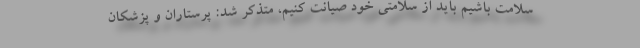
سلامت باشیم باید از سلامتی خود صیانت کنیم، متذکر شد: پرستاران و پزشکان